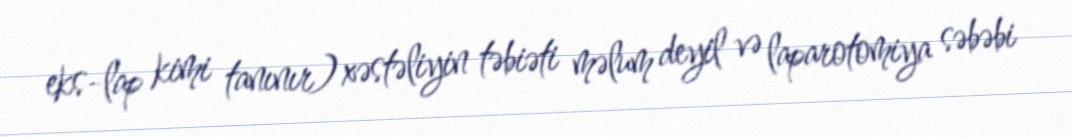
eks-lap kimi tanınır) xəstəliyin təbiəti məlum deyil və laparotomiya səbəbi